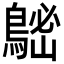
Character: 𪁷